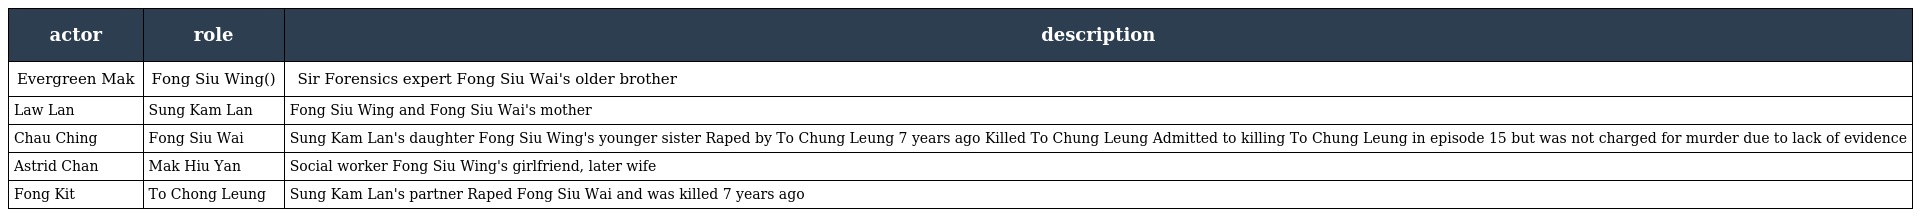
| actor | role | description |
 | --- | --- | --- |
 | Evergreen Mak | Fong Siu Wing(方昭榮) | 方 Sir Forensics expert Fong Siu Wai's older brother |
 | Law Lan | Sung Kam Lan | Fong Siu Wing and Fong Siu Wai's mother |
 | Chau Ching | Fong Siu Wai | Sung Kam Lan's daughter Fong Siu Wing's younger sister Raped by To Chung Leung 7 years ago Killed To Chung Leung Admitted to killing To Chung Leung in episode 15 but was not charged for murder due to lack of evidence |
 | Astrid Chan | Mak Hiu Yan | Social worker Fong Siu Wing's girlfriend, later wife |
 | Fong Kit | To Chong Leung | Sung Kam Lan's partner Raped Fong Siu Wai and was killed 7 years ago |